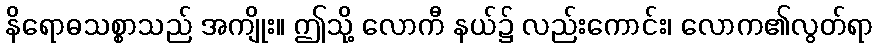
နိရောဓသစ္စာသည် အကျိုး။ ဤသို့ လောကီ နယ်၌ လည်းကောင်း၊ လောက၏လွတ်ရာ